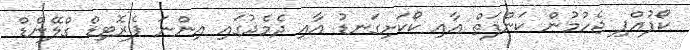
ކޯފުއްޕި ޖެހުމުން ކަންފަތް އާއި ކޯކަށިގަނޑު އާއި ދެމެދުގައި އިންނަ ޕެރޮޓިޑް ގްލޭންޑް